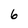
Character: 6